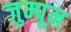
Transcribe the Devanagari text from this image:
जुम्पून